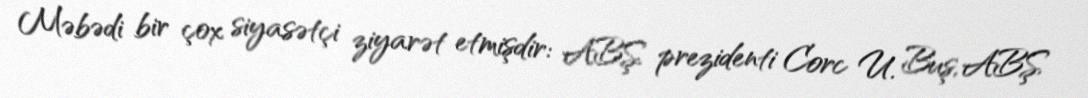
Məbədi bir çox siyasətçi ziyarət etmişdir: ABŞ prezidenti Corc U. Buş, ABŞ